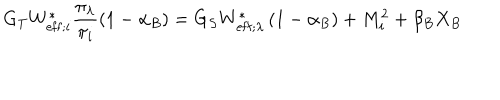
G _ { T } W _ { \mathrm { e f f } ; i } ^ { \ast } \frac { \pi _ { \lambda } } { \pi _ { i } } \left( 1 - \alpha _ { B } \right) = G _ { S } W _ { \mathrm { e f f } ; \lambda } ^ { \ast } \left( 1 - \alpha _ { B } \right) + M _ { i } ^ { 2 } + \beta _ { B } X _ { B }